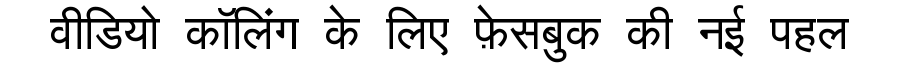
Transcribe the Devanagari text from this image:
वीडियो कॉलिंग के लिए फ़ेसबुक की नई पहल